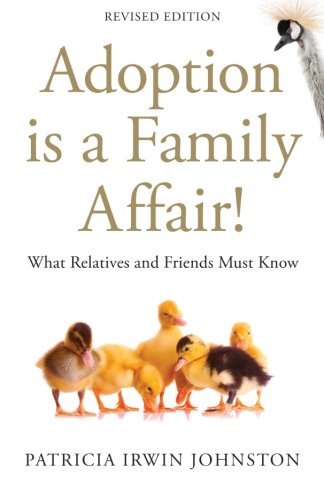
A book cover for Adoption Is a Family Affair!: What Relatives and Friends Must Know, Revised Edition; Patricia Irwin Johnston; Parenting & Relationships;